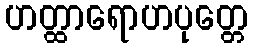
ဟတ္ထာရောဟပုတ္တေ